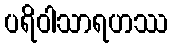
ပရိဝါသာရဟဿ